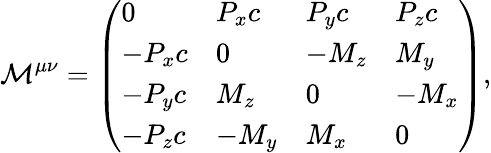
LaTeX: {\mathcal{M}}^{\mu\nu}={\left(\begin{array}{llll}{0}&{P_{x}c}&{P_{y}c}&{P_{z}c}\\ {-P_{x}c}&{0}&{-M_{z}}&{M_{y}}\\ {-P_{y}c}&{M_{z}}&{0}&{-M_{x}}\\ {-P_{z}c}&{-M_{y}}&{M_{x}}&{0}\end{array}\right)},